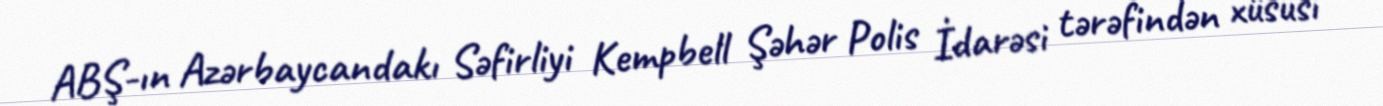
ABŞ-ın Azərbaycandakı Səfirliyi Kempbell Şəhər Polis İdarəsi tərəfindən xüsusi